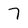
Character: 7